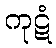
ကုဋံ